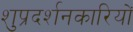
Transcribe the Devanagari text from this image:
शुप्रदर्शनकारियों